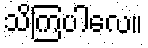
သိကြပါလေ။